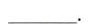
___.